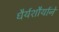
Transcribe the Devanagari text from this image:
धैर्यशौर्याने